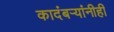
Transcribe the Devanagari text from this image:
कादंबर्‍यांनीही